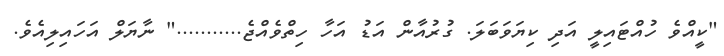
"ކީއްވެ ހުއްޓައިލީ އަދި ކިޔަވަބަލަ. ގުރުއާން އަޑު އަހާ ހިތްވެއްޖެ..........." ނާޔަލް އަހައިލިއެވެ.